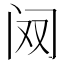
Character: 𲈷